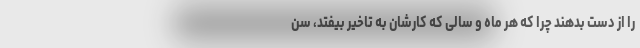
را از دست بدهند چرا که هر ماه و سالی که کارشان به تاخیر بیفتد، سن